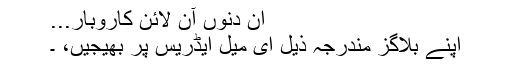
ان دنوں آن لائن کاروبار...
اپنے بلاگز مندرجہ ذیل ای میل ایڈریس پر بھیجیں، ۔